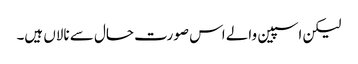
لیکن اسپین والے اس صورت حال سے نالاں ہیں۔